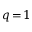
q \! = \! 1